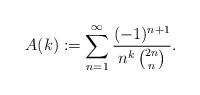
LaTeX: \begin{align*}A(k):=\sum_{n=1}^\infty \frac{(-1)^{n+1}}{n^k\,{{2n}\choose n}}.\end{align*}